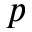
p